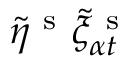
\tilde { \eta } ^ { \mathrm { ~ s ~ } } \tilde { \xi } _ { \alpha t } ^ { \mathrm { ~ s ~ } }